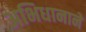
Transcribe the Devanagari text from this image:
अभिधानाने